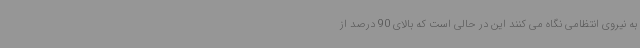
به نیروی انتظامی نگاه می کنند این در حالی است که بالای 90 درصد از